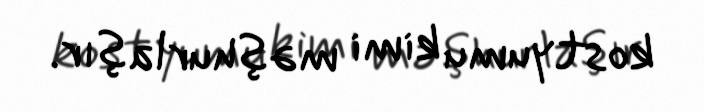
kostyumu kimi məşhurlaşır.